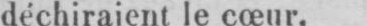
déchiraient le cœur.